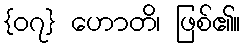
{၀၇} ဟောတိ၊ ဖြစ်၏။